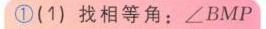
\textcircled{1}(1) 找相等角：\(\angle BMP\)